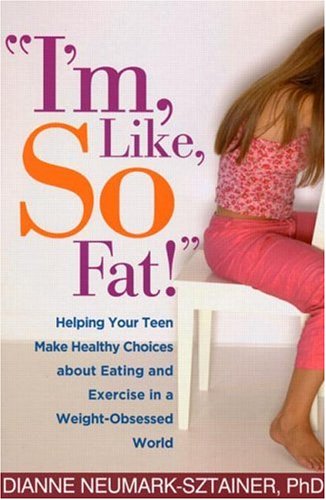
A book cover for "I'm, Like, SO Fat!": Helping Your Teen Make Healthy Choices about Eating and Exercise in a Weight-Obsessed World; Dianne Neumark-Sztainer PhD; Health, Fitness & Dieting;